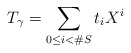
\begin{align*}T_\gamma = \sum_{0\leq i<\#S} t_i X^i\end{align*}